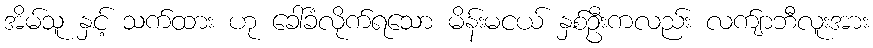
အိမ်သူ နှင့် သက်ထား ဟု ခေါ်ခံလိုက်ရသော မိန်းမငယ် နှစ်ဦးကလည်း လက်ျာဘီလူးအား